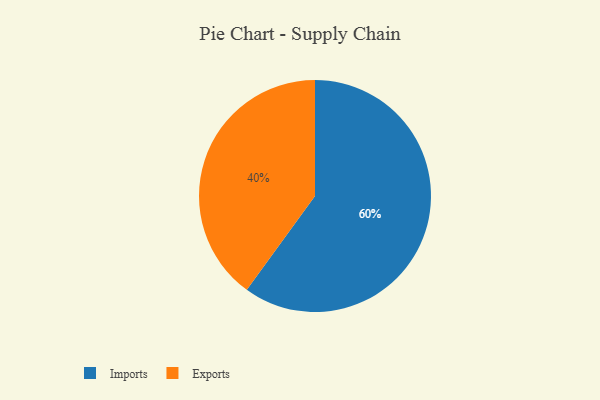
{"axis": {"x": "Category", "y": "Percentage"}, "legend": ["Exports", "Imports"], "data": [{"x": "Imports", "y": 60, "type": "Imports"}, {"x": "Exports", "y": 40, "type": "Exports"}]}